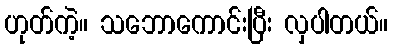
ဟုတ်ကဲ့။ သဘောကောင်းပြီး လှပါတယ်။